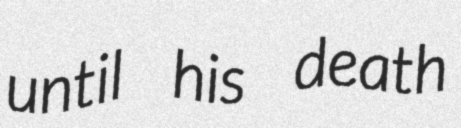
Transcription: until his death